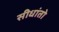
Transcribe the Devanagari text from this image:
सीधांतो